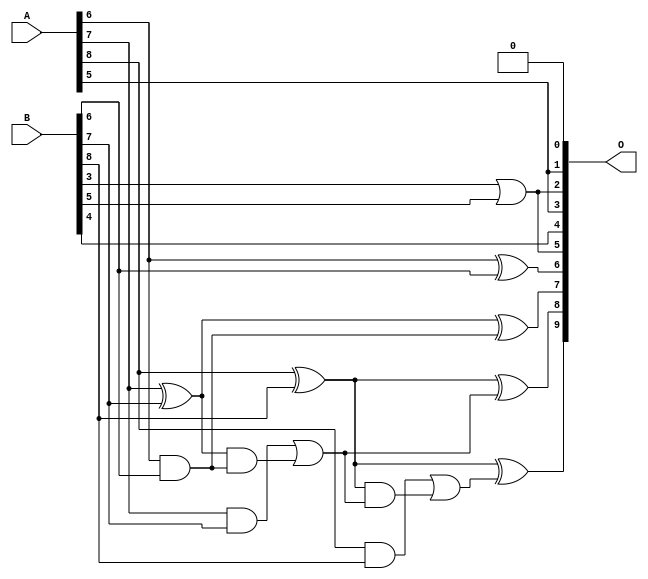
// This program was cloned from: https://github.com/ehw-fit/evoapproxlib
// License: MIT License

/***
* This code is a part of EvoApproxLib library (ehw.fit.vutbr.cz/approxlib) distributed under The MIT License.
* When used, please cite the following article(s): V. Mrazek, L. Sekanina, Z. Vasicek "Libraries of Approximate Circuits: Automated Design and Application in CNN Accelerators" IEEE Journal on Emerging and Selected Topics in Circuits and Systems, Vol 10, No 4, 2020 
* This file contains a circuit from a sub-set of pareto optimal circuits with respect to the pwr and mse parameters
***/
// MAE% = 4.98 %
// MAE = 26 
// WCE% = 12.50 %
// WCE = 64 
// WCRE% = 5500.00 %
// EP% = 98.97 %
// MRE% = 55.73 %
// MSE = 896 
// PDK45_PWR = 0.012 mW
// PDK45_AREA = 32.4 um2
// PDK45_DELAY = 0.24 ns

module add9se_048 (
    A,
    B,
    O
);

input [8:0] A;
input [8:0] B;
output [9:0] O;

wire sig_43,sig_45,sig_46,sig_50,sig_51,sig_52,sig_53,sig_54,sig_55,sig_56,sig_57,sig_58,sig_59,sig_61;

assign sig_43 = B[3] | B[5];
assign sig_45 = A[6] ^ B[6];
assign sig_46 = A[6] & B[6];
assign sig_50 = A[7] ^ B[7];
assign sig_51 = A[7] & B[7];
assign sig_52 = sig_50 & sig_46;
assign sig_53 = sig_50 ^ sig_46;
assign sig_54 = sig_51 | sig_52;
assign sig_55 = A[8] ^ B[8];
assign sig_56 = A[8] & B[8];
assign sig_57 = sig_55 & sig_54;
assign sig_58 = sig_55 ^ sig_54;
assign sig_59 = sig_56 | sig_57;
assign sig_61 = sig_55 ^ sig_59;

assign O[9] = sig_61;
assign O[8] = sig_58;
assign O[7] = sig_53;
assign O[6] = sig_45;
assign O[5] = sig_43;
assign O[4] = B[4];
assign O[3] = A[5];
assign O[2] = sig_43;
assign O[1] = A[5];
assign O[0] = 1'b0;

endmodule